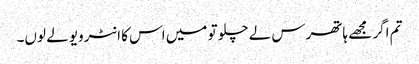
تم اگر مجھے ہاتھرس لے چلو تو میں اس کا انٹرویو لے لوں۔